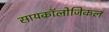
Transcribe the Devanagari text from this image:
सायकॉलोजिकल